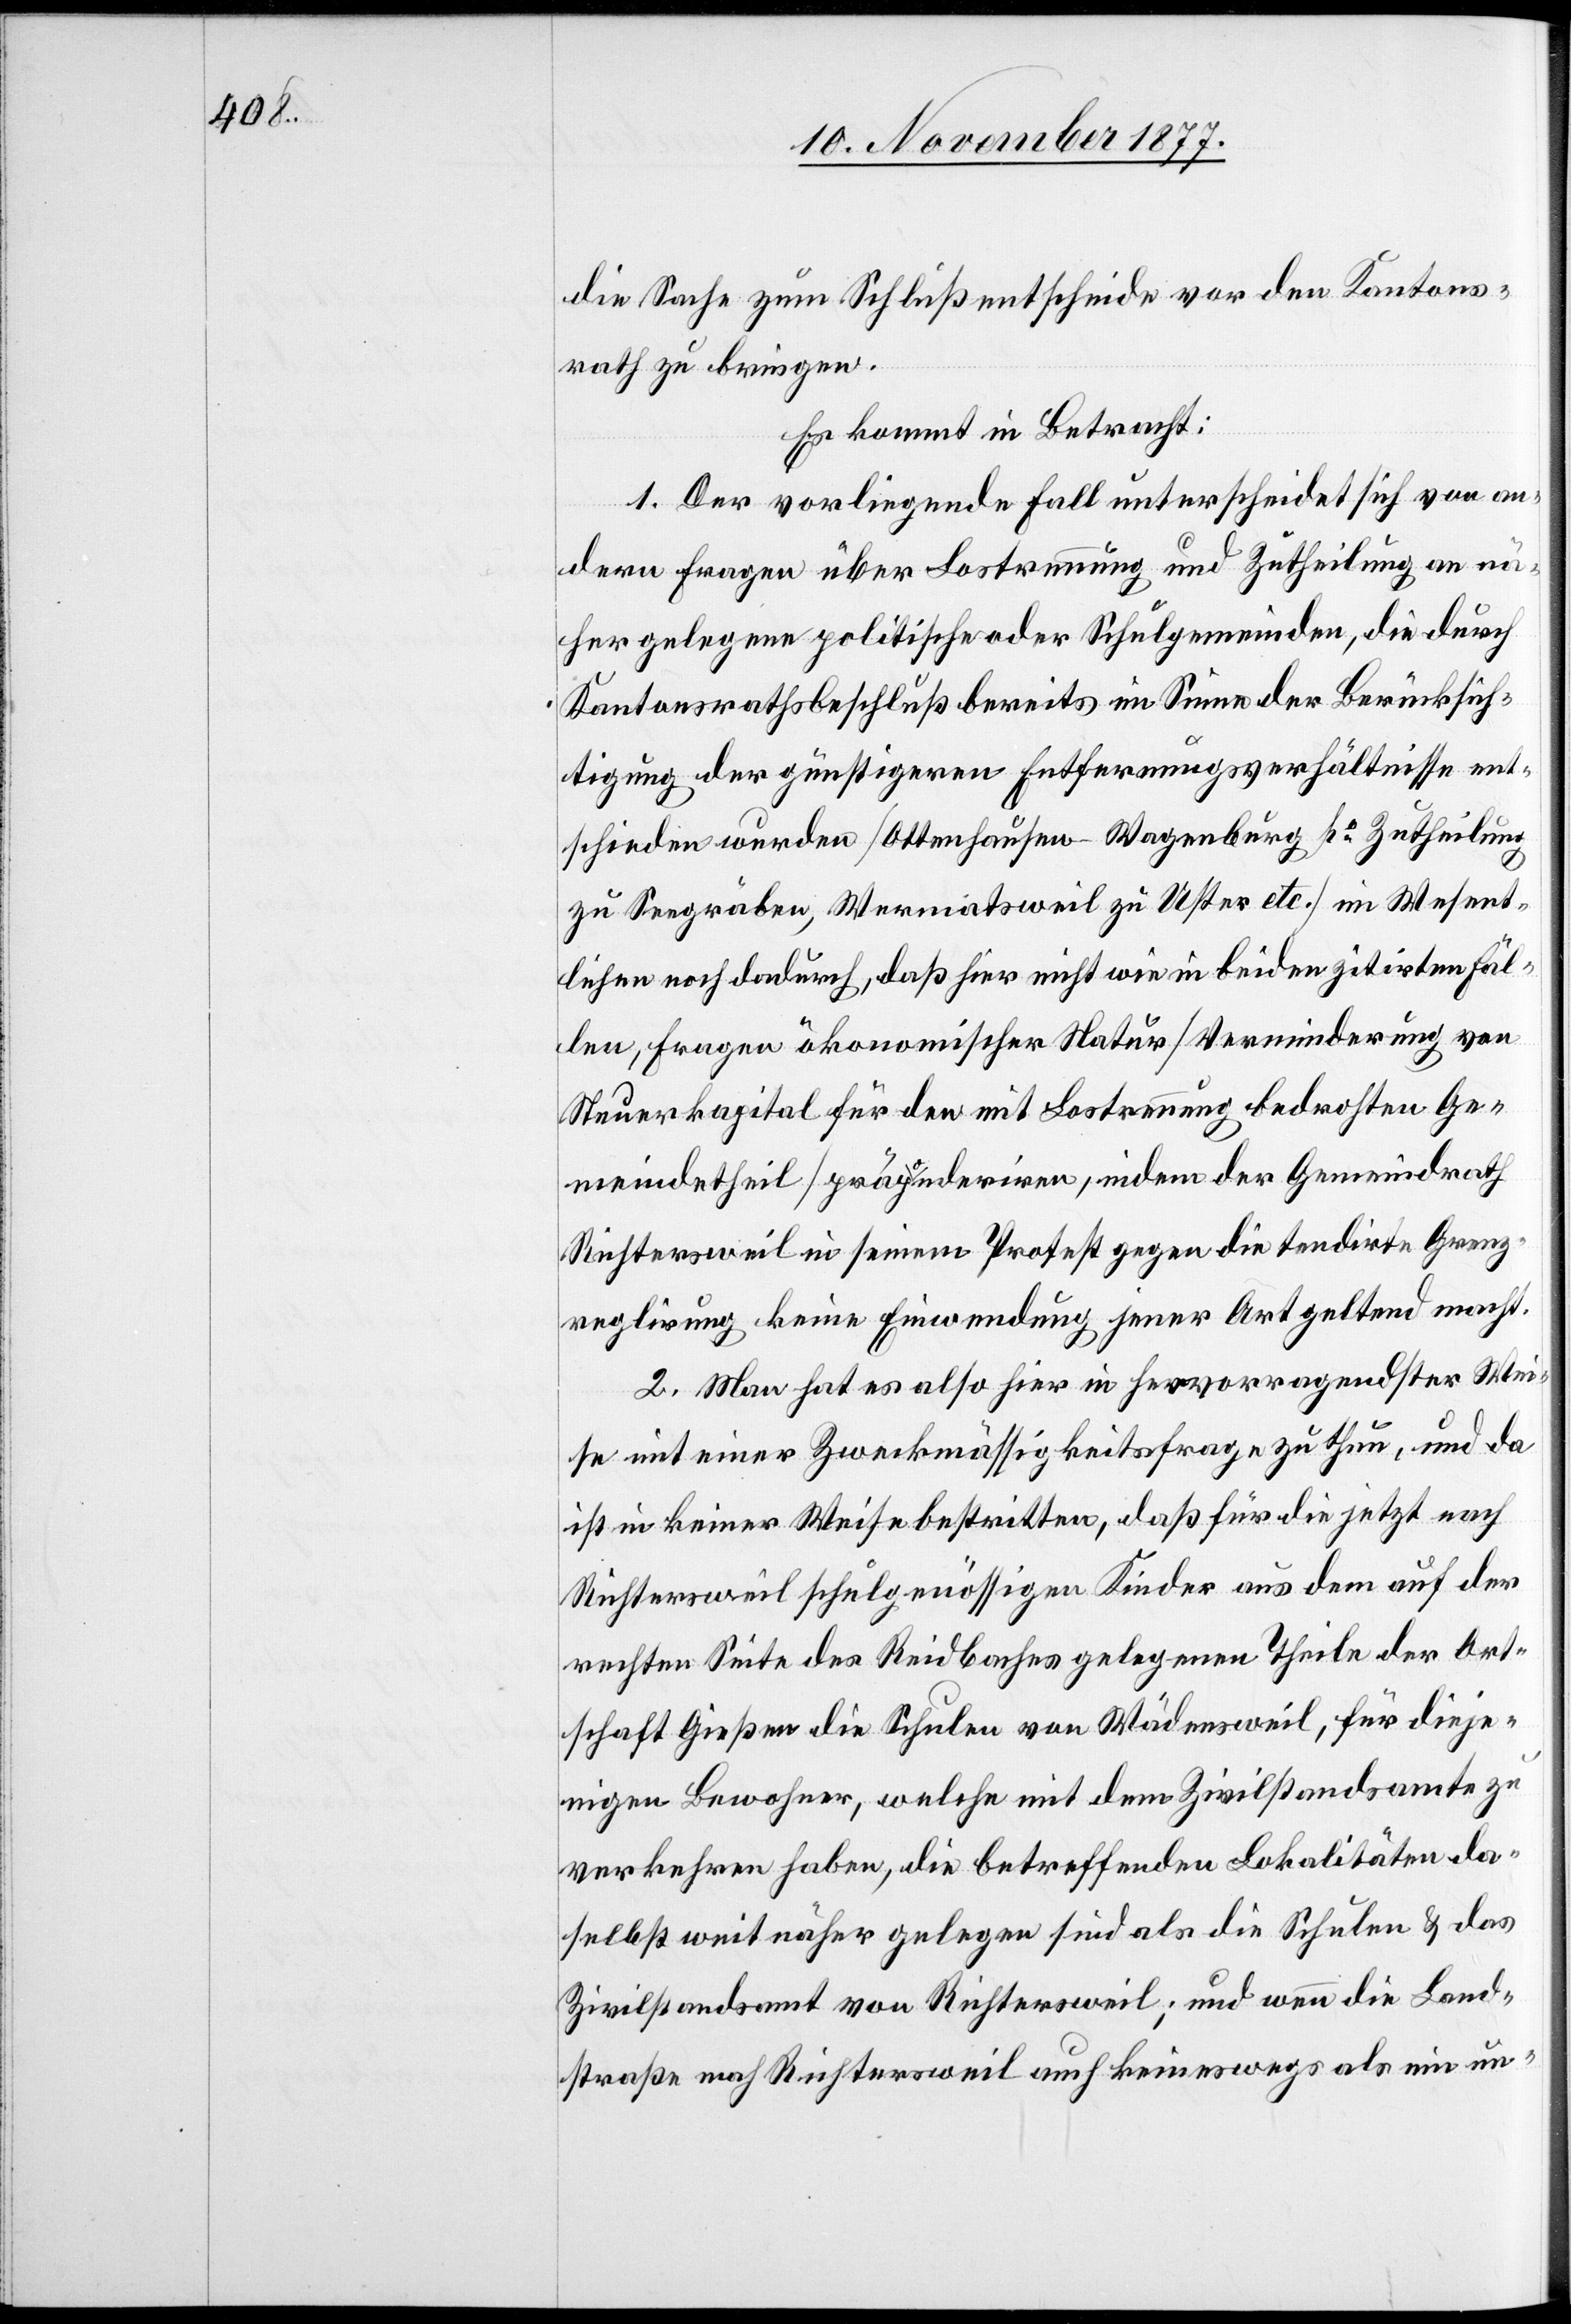
die Sache zum Schlußentscheide vor den Kantons¬
rath zu bringen.
Es kommt in Betracht:
1. Der vorliegende Fall unterscheidet sich von an¬
dern Fragen über Lostrennung und Zutheilung an nä¬
her gelegene politische oder Schulgemeinden, die durch
Kantonsrathsbeschluß bereits im Sinne der Berücksich¬
tigung der günstigeren Entfernungsverhältnisse ent¬
schieden wurden [Ottenhausen - Wagenburg po Zutheilung
zu Seegräben, Wermatsweil zu Uster etc.] im Wesent¬
lichen noch dadurch, daß hier nicht wie in beiden zitirten Fäl¬
len, Fragen ökonomischer Natur [Verminderung von
Steuerkapital für den mit Lostrennung bedrohten Ge¬
meindetheil] präponderiren, indem der Gemeindrath
Richtersweil in seinem Protest gegen die tendirte Grenz¬
reglirung keine Einwendung jener Art geltend macht.
2. Man hat es also hier in hervorragendster Wei¬
se mit einer Zweckmässigkeitsfrage zu thun, und da
ist in keiner Weise bestritten, daß für die jetzt nach
Richtersweil schulgenössigen Kinder aus dem auf der
rechten Seite des Reidbaches gelegenen Theile der Ort¬
schaft Gießen die Schulen von Wädensweil, für dieje¬
nigen Bewohner, welche mit dem Zivilstandsamte zu
verkehren habe, die betreffenden Lokalitäten da¬
selbst weit näher gelegen sind als die Schulen & das
Zivilstandsamt von Richtersweil; und wenn die Land¬
straße nach Richtersweil auch keineswegs als ein un-